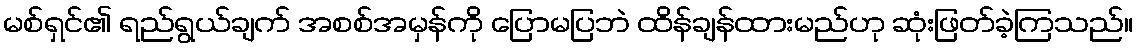
မစ်ရှင်၏ ရည်ရွယ်ချက် အစစ်အမှန်ကို ပြောမပြဘဲ ထိန်ချန်ထားမည်ဟု ဆုံးဖြတ်ခဲ့ကြသည်။